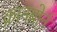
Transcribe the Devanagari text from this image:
क्रानबोर्न